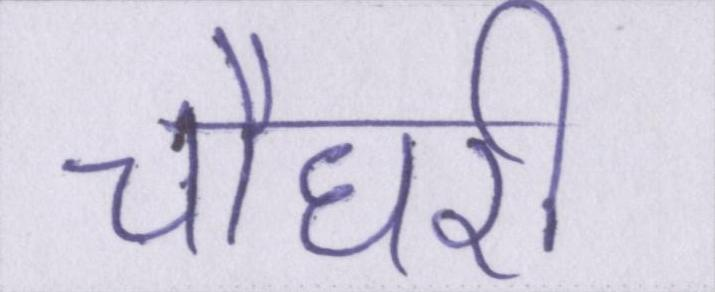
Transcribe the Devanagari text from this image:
चौधरी